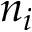
n _ { i }